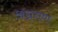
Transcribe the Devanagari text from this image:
अग्रगण